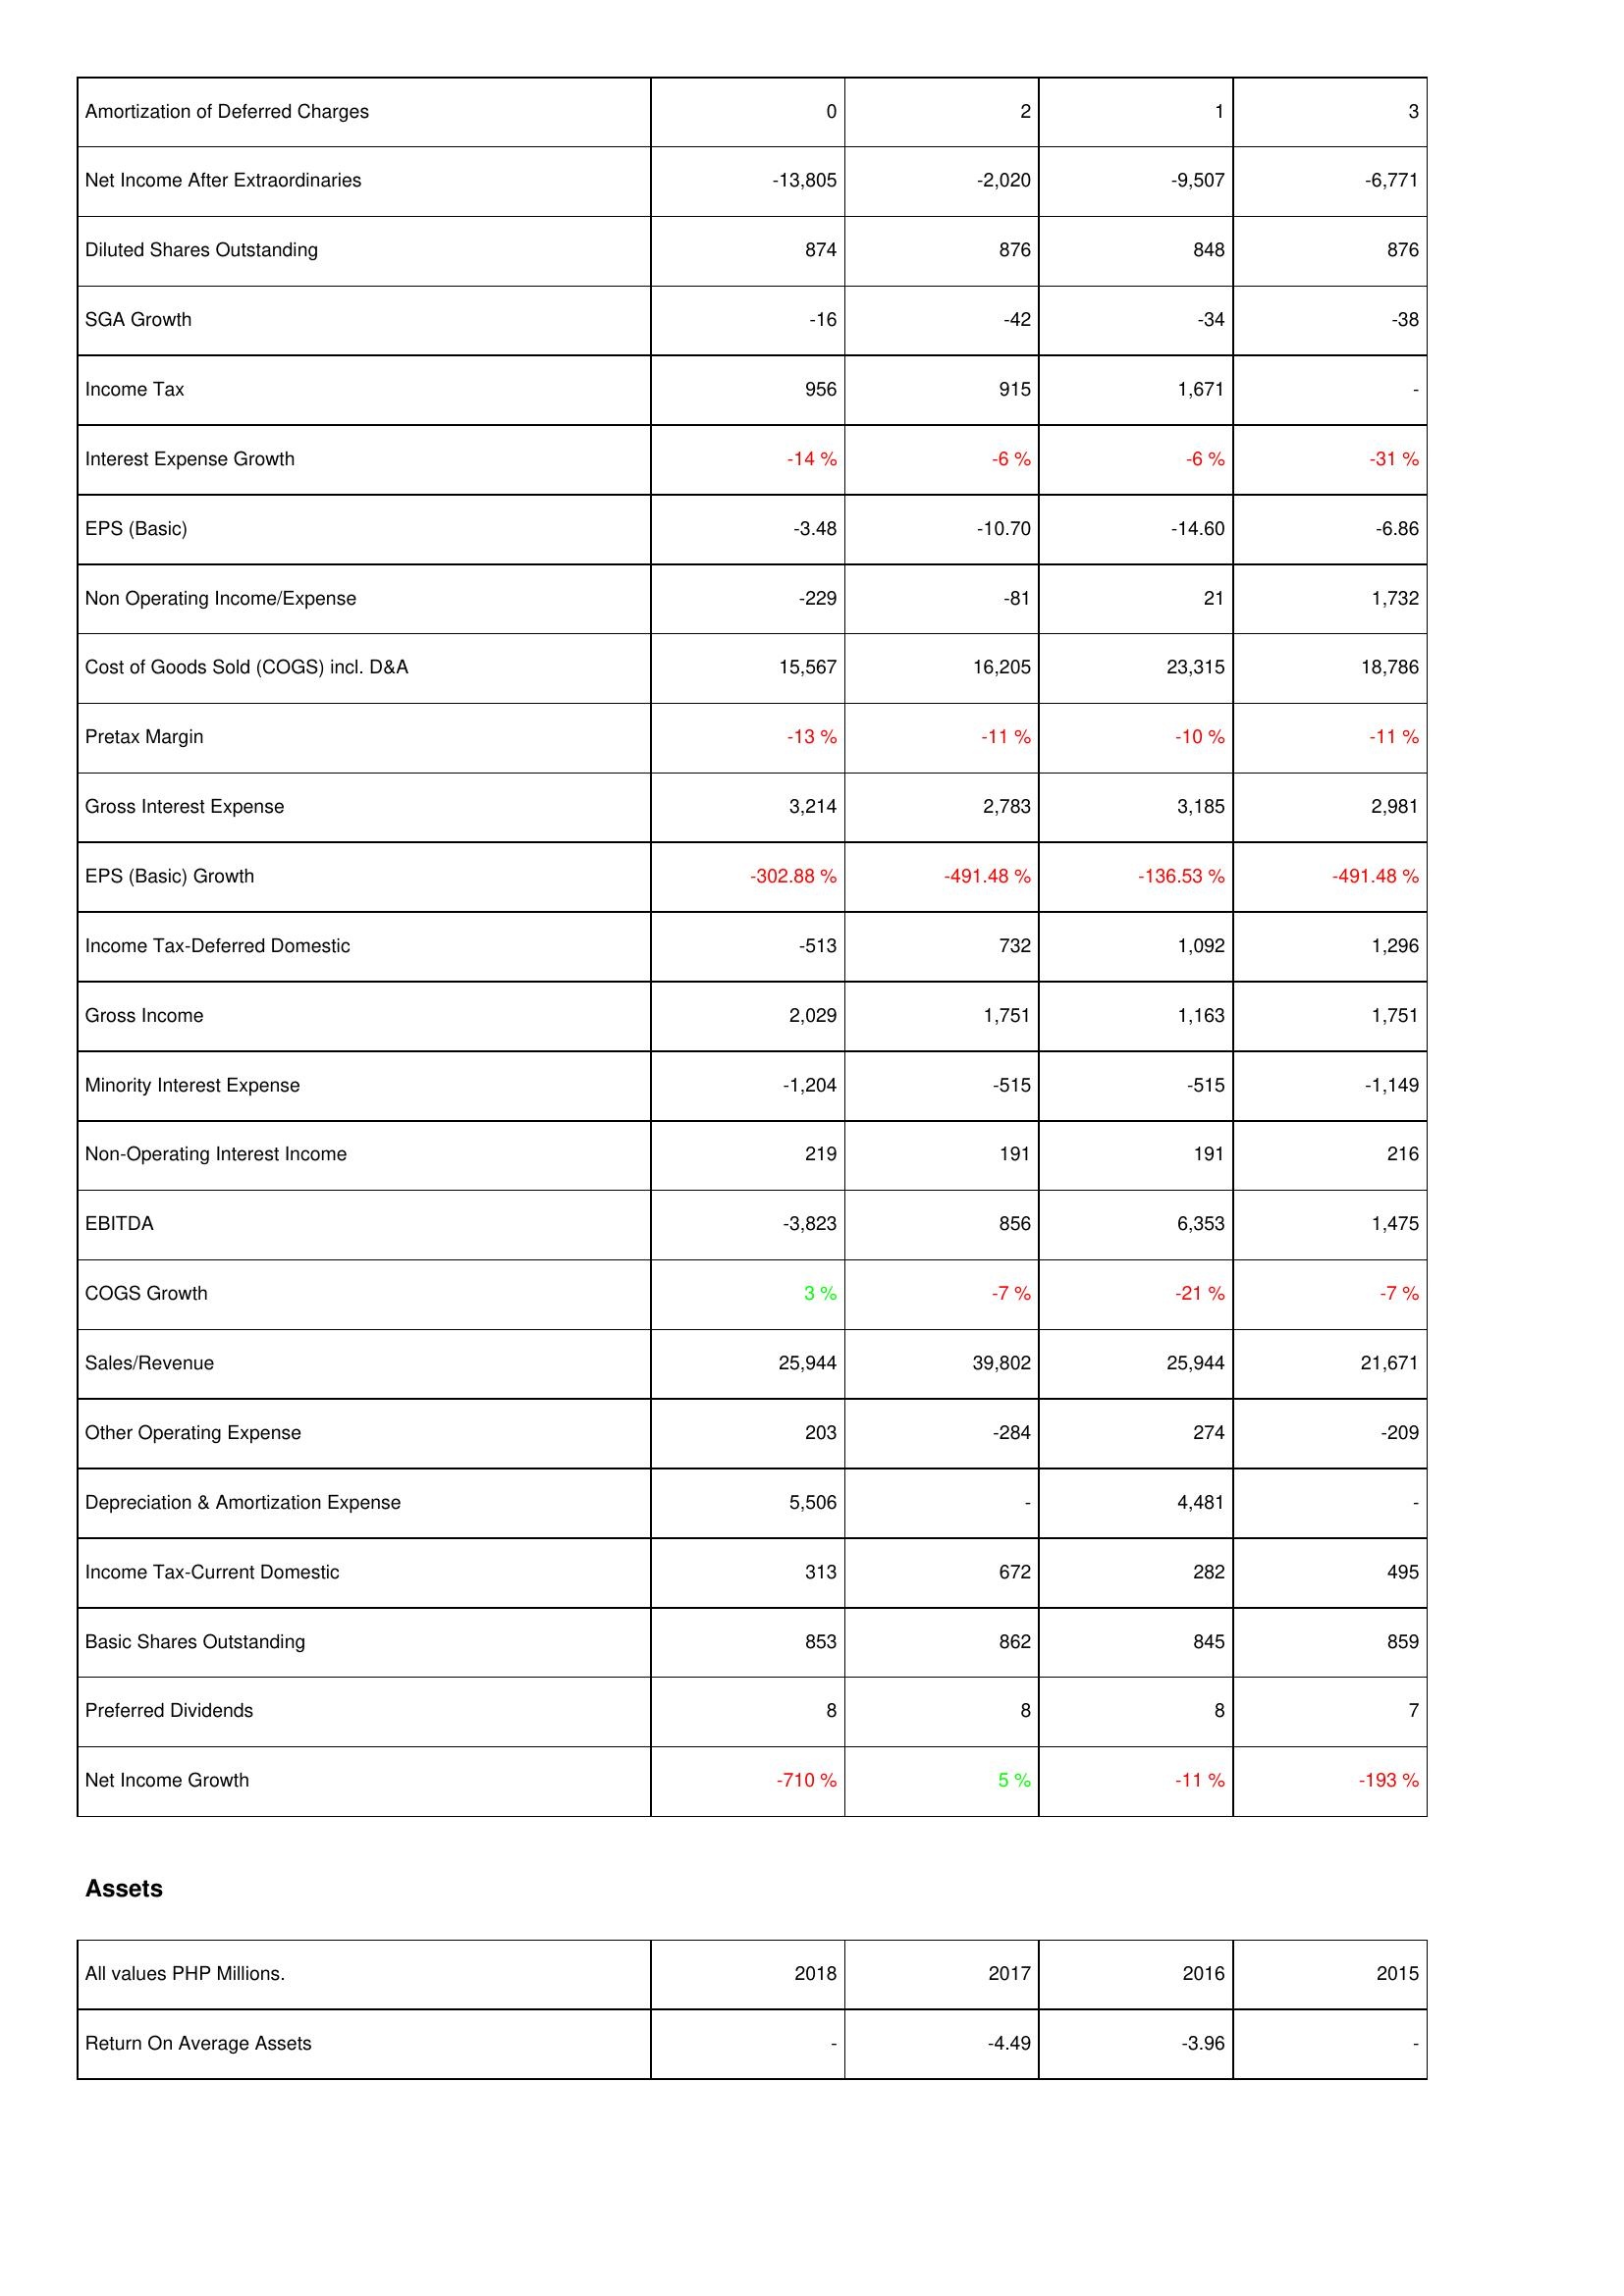
2018: Income Statement: Amortization of Deferred Charges: 0
Net Income After Extraordinaries: -13,805
Diluted Shares Outstanding: 874
SGA Growth: -16
Income Tax: 956
Interest Expense Growth: -14 %
EPS (Basic): -3.48
Non Operating Income/Expense: -229
Cost of Goods Sold (COGS) incl. D&A: 15,567
Pretax Margin: -13 %
Gross Interest Expense: 3,214
EPS (Basic) Growth: -302.88 %
Income Tax-Deferred Domestic: -513
Gross Income: 2,029
Minority Interest Expense: -1,204
Non-Operating Interest Income: 219
EBITDA: -3,823
COGS Growth: 3 %
Sales/Revenue: 25,944
Other Operating Expense: 203
Depreciation & Amortization Expense: 5,506
Income Tax-Current Domestic: 313
Basic Shares Outstanding: 853
Preferred Dividends: 8
Net Income Growth: -710 %
Assets: Return On Average Assets: -
2017: Income Statement: Amortization of Deferred Charges: 2
Net Income After Extraordinaries: -2,020
Diluted Shares Outstanding: 876
SGA Growth: -42
Income Tax: 915
Interest Expense Growth: -6 %
EPS (Basic): -10.70
Non Operating Income/Expense: -81
Cost of Goods Sold (COGS) incl. D&A: 16,205
Pretax Margin: -11 %
Gross Interest Expense: 2,783
EPS (Basic) Growth: -491.48 %
Income Tax-Deferred Domestic: 732
Gross Income: 1,751
Minority Interest Expense: -515
Non-Operating Interest Income: 191
EBITDA: 856
COGS Growth: -7 %
Sales/Revenue: 39,802
Other Operating Expense: -284
Depreciation & Amortization Expense: -
Income Tax-Current Domestic: 672
Basic Shares Outstanding: 862
Preferred Dividends: 8
Net Income Growth: 5 %
Assets: Return On Average Assets: -4.49
2016: Income Statement: Amortization of Deferred Charges: 1
Net Income After Extraordinaries: -9,507
Diluted Shares Outstanding: 848
SGA Growth: -34
Income Tax: 1,671
Interest Expense Growth: -6 %
EPS (Basic): -14.60
Non Operating Income/Expense: 21
Cost of Goods Sold (COGS) incl. D&A: 23,315
Pretax Margin: -10 %
Gross Interest Expense: 3,185
EPS (Basic) Growth: -136.53 %
Income Tax-Deferred Domestic: 1,092
Gross Income: 1,163
Minority Interest Expense: -515
Non-Operating Interest Income: 191
EBITDA: 6,353
COGS Growth: -21 %
Sales/Revenue: 25,944
Other Operating Expense: 274
Depreciation & Amortization Expense: 4,481
Income Tax-Current Domestic: 282
Basic Shares Outstanding: 845
Preferred Dividends: 8
Net Income Growth: -11 %
Assets: Return On Average Assets: -3.96
2015: Income Statement: Amortization of Deferred Charges: 3
Net Income After Extraordinaries: -6,771
Diluted Shares Outstanding: 876
SGA Growth: -38
Income Tax: -
Interest Expense Growth: -31 %
EPS (Basic): -6.86
Non Operating Income/Expense: 1,732
Cost of Goods Sold (COGS) incl. D&A: 18,786
Pretax Margin: -11 %
Gross Interest Expense: 2,981
EPS (Basic) Growth: -491.48 %
Income Tax-Deferred Domestic: 1,296
Gross Income: 1,751
Minority Interest Expense: -1,149
Non-Operating Interest Income: 216
EBITDA: 1,475
COGS Growth: -7 %
Sales/Revenue: 21,671
Other Operating Expense: -209
Depreciation & Amortization Expense: -
Income Tax-Current Domestic: 495
Basic Shares Outstanding: 859
Preferred Dividends: 7
Net Income Growth: -193 %
Assets: Return On Average Assets: -